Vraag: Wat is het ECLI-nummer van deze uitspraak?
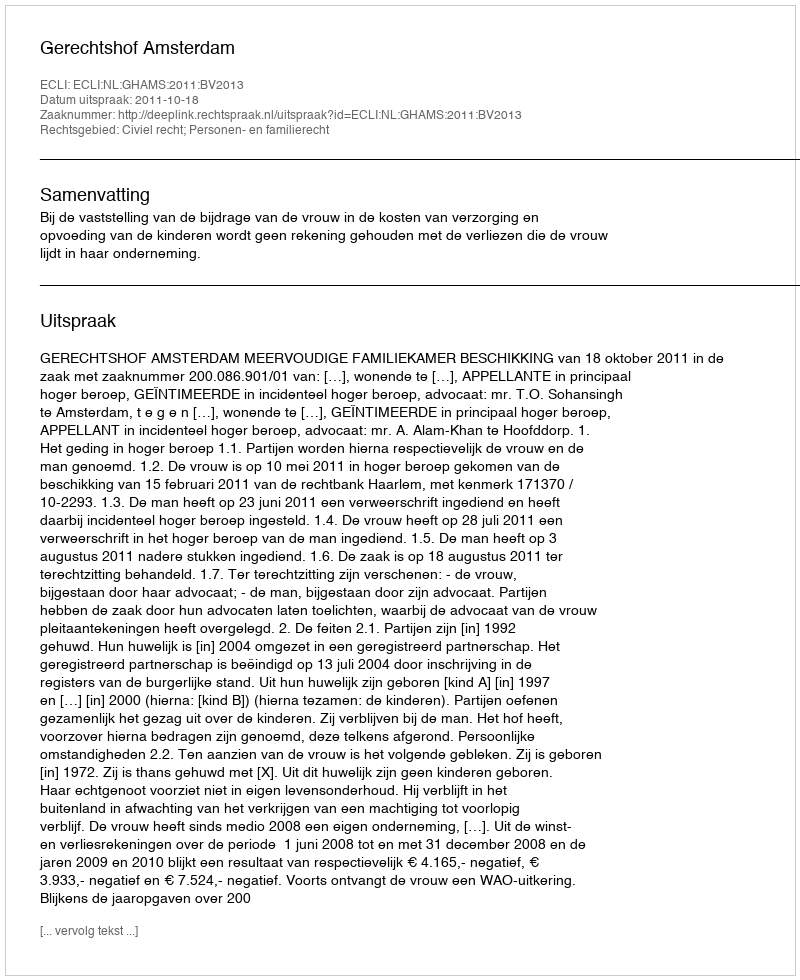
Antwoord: ECLI:NL:GHAMS:2011:BV2013